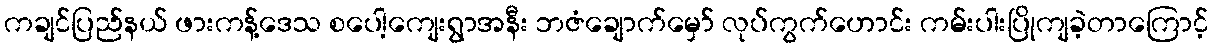
ကချင်ပြည်နယ် ဖားကန့်ဒေသ စပေါ့ကျေးရွာအနီး ဘဇံချောက်မှော် လုပ်ကွက်ဟောင်း ကမ်းပါးပြိုကျခဲ့တာကြောင့်